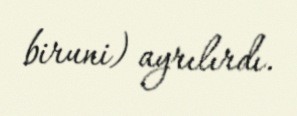
biruni) ayrılırdı.